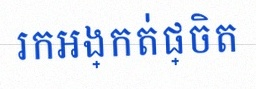
រកអង្កត់ផ្ចិត